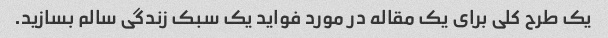
یک طرح کلی برای یک مقاله در مورد فواید یک سبک زندگی سالم بسازید.